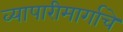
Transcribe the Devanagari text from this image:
व्यापारीमार्गाचे